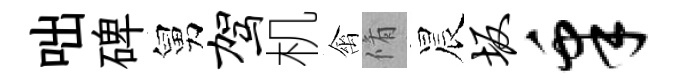
咄碑舅驾机禽脩晨坂皋